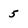
Character: 5